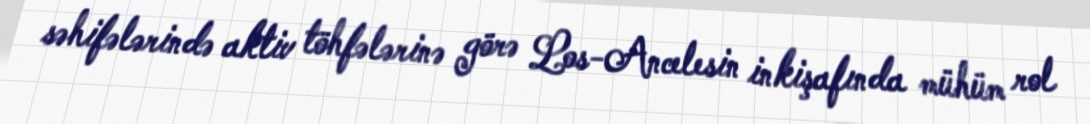
səhifələrində aktiv töhfələrinə görə Los-Ancelesin inkişafında mühüm rol